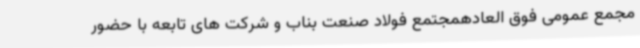
مجمع عمومی فوق العادهمجتمع فولاد صنعت بناب و شرکت های تابعه با حضور